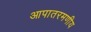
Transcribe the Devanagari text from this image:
आपातरमणीय